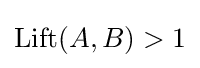
\mathrm {Lift} (A,B)>1